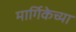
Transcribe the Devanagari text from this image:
मार्गिकेच्या